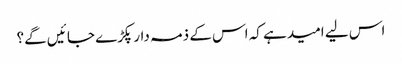
اس لیے امید ہے کہ اس کے ذمہ دار پکڑے جا ئیں گے؟